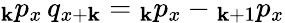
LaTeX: {}_{\mathbf{k}}p_{x}\, q_{x+\mathbf{k}}={}_{\mathbf{k}}p_{x}-{}_{\mathbf{k}+1}p_{x}